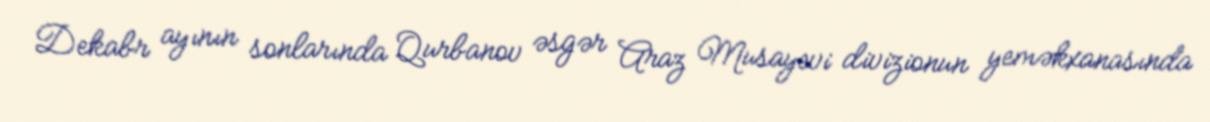
Dekabr ayının sonlarında Qurbanov əsgər Araz Musayevi divizionun yeməkxanasında